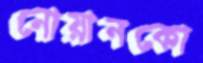
নোয়ানকো